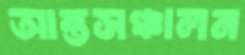
আন্তসঞ্চালন